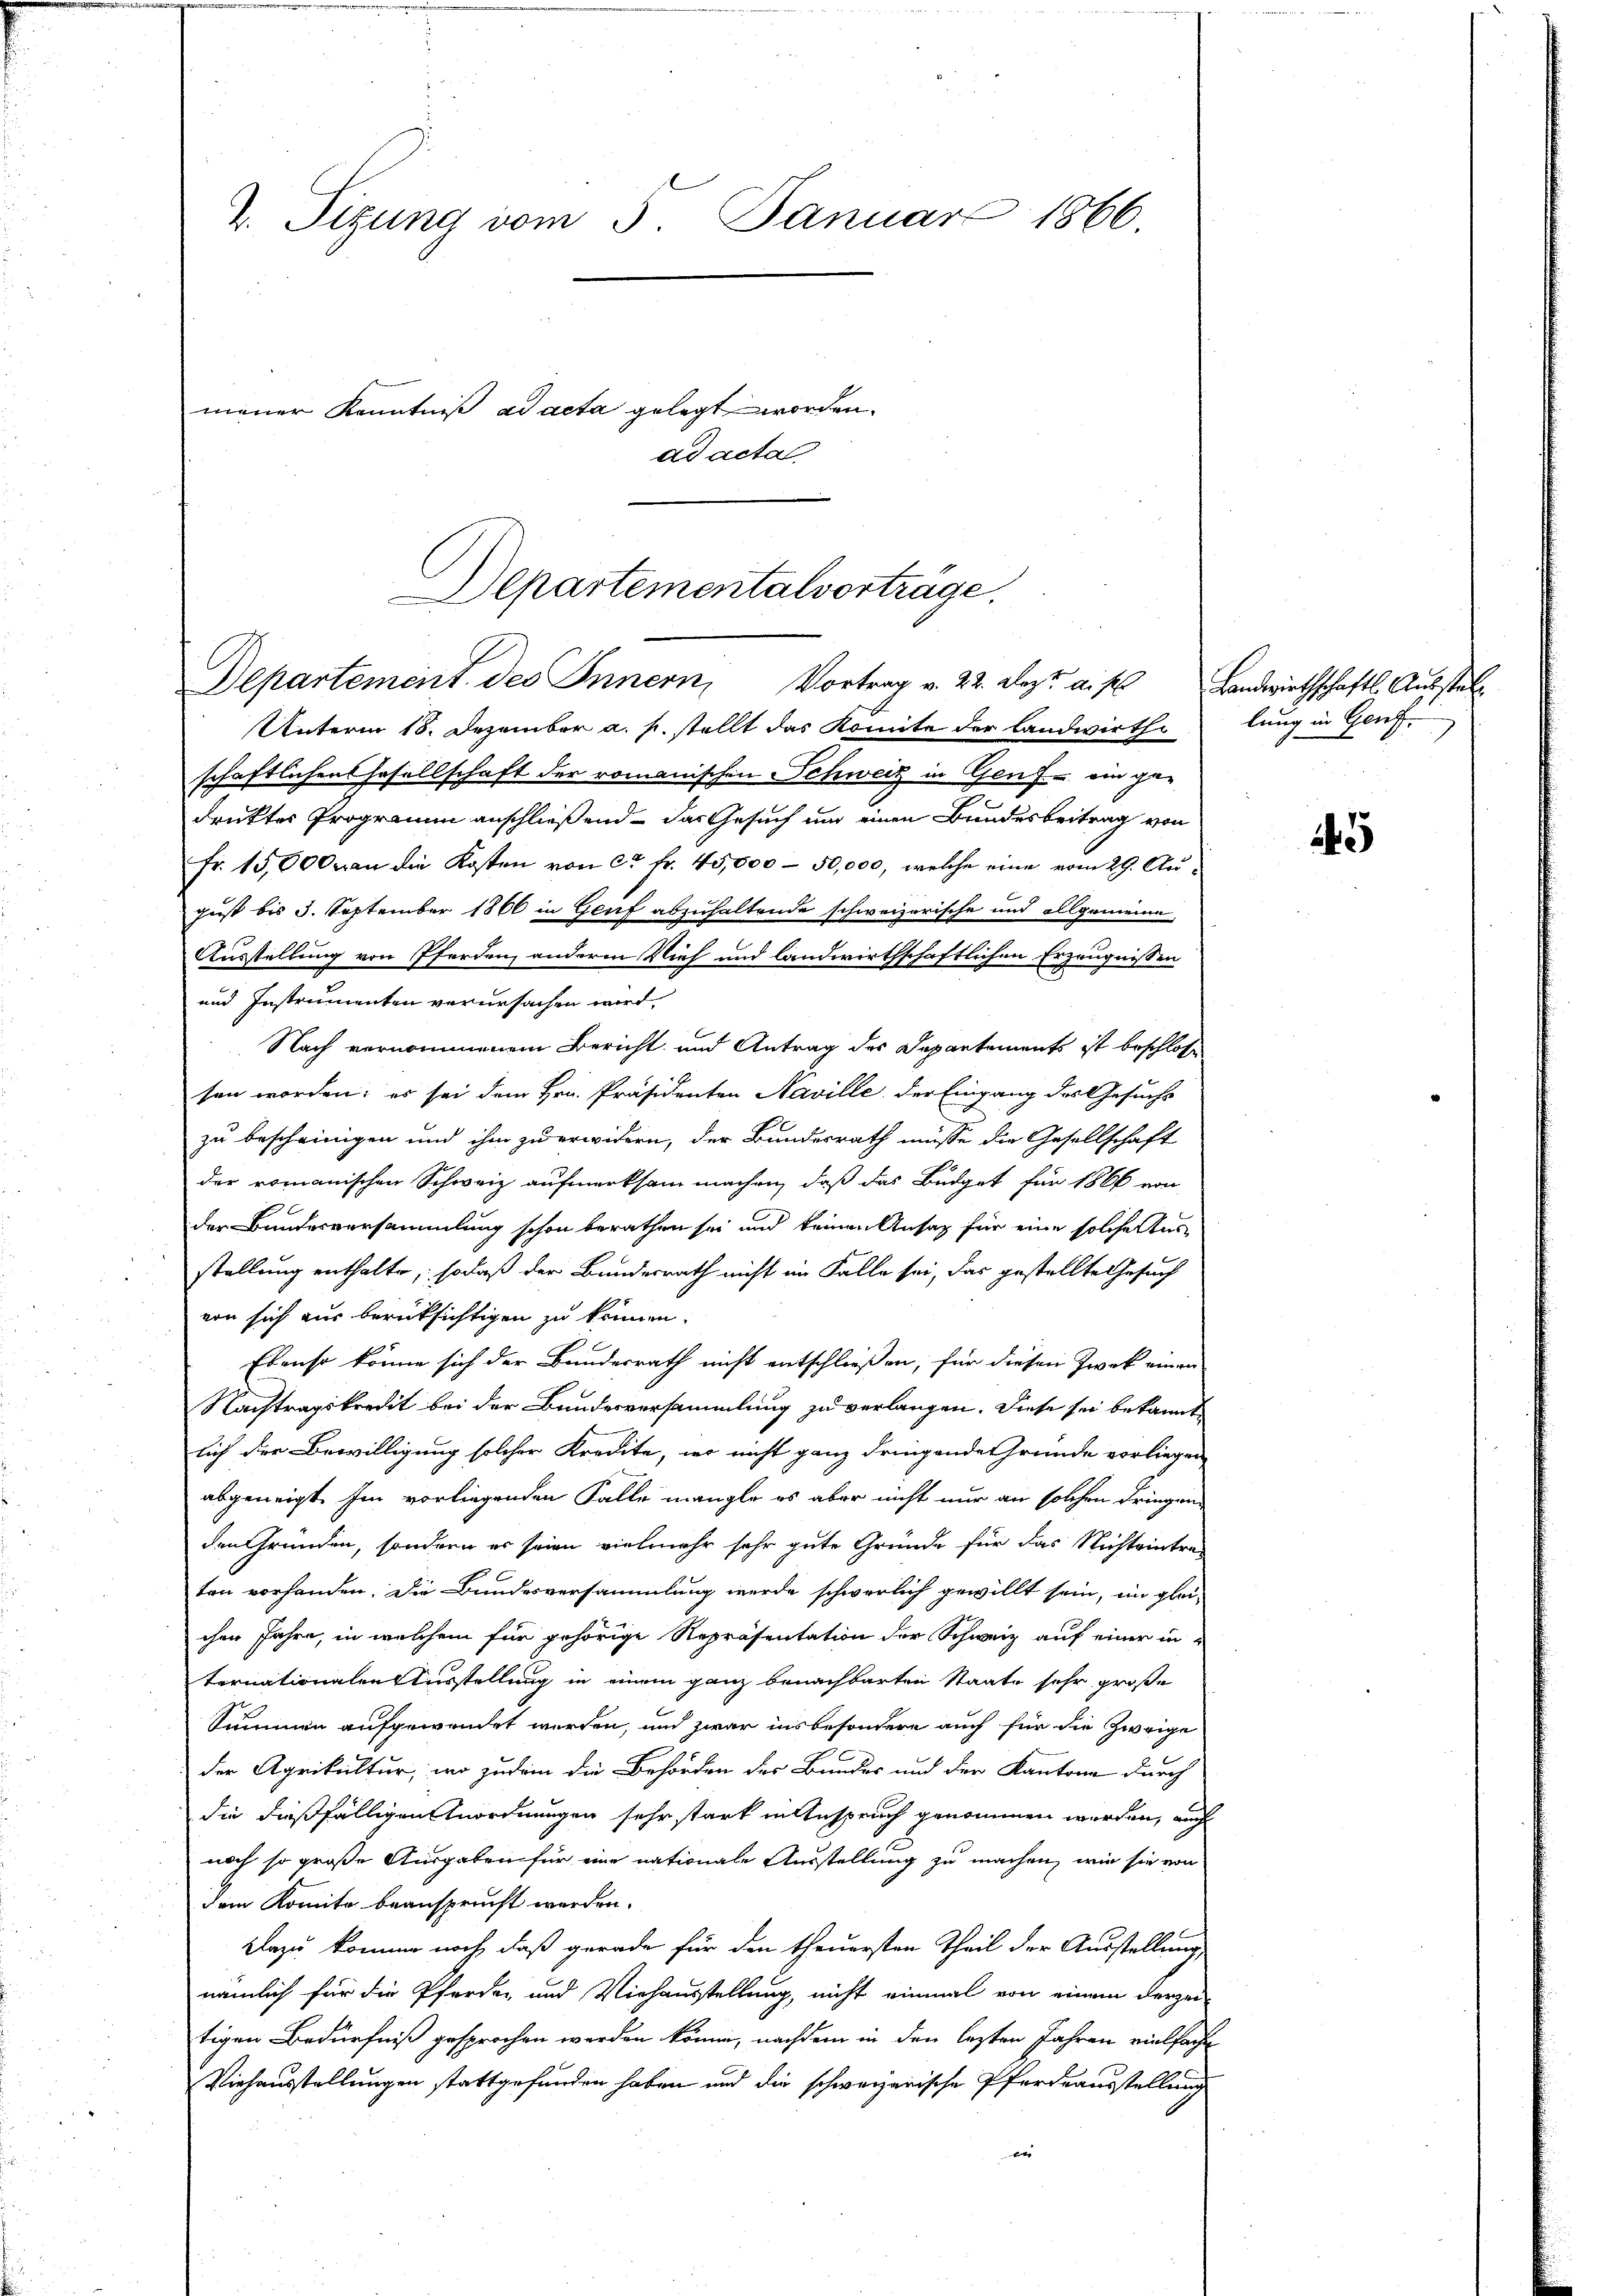
2. Sitzung vom 3. Januar 1866.
mener Kenntniß ad acta gelegt worden.
ad acta

Unterm 18. Dezember a. p. stellt das Komite der Landwirtheilung in Genfschaftlichen Hasellschaft der romanischen Schweiz in Genf ein gedruktes Programm anschließend das Gesuch und einen Bundesbeitrag von
fr. 15,000 an die Kosten von ca Fr. 45,000 - 50,000, welche eine vom 29. August bis 3. September 1866 in Genf abzuhaltende schweizerische und allgemeine
Ausstellung von Pferden, anderm Vieh und landwirthschaftlichen Erzeugnissen
und Instrumenten verursachen wird,
Nach vernommenem Bericht und Antrag des Departements ist beschlosse
sen worden; es sei dem Hrn. Präsidenten Naville der Eingang des Gesuchs
zu bescheinigen und ihm zu erwidern, der Bundesrath müsse die Gesellschaft
der romanischen Schweiz aufmerksam machen, daß das Budget für 1866 von
der Bundesversammlung schon berathen sei und keinen Ansag für eine solcher Ausstellung enthalte, sodaß der Bundesrath nicht im Falle sei, das gestellte Gesuch
von sich aus berücksichtigen zu können.
Ebenso könne sich der Bundesrath nicht entschließen, für diesen Zwek einen
Nachtragskredit bei der Bundesversammlung zu verlangen. Diese sei bekannte
lich der Bewilligung solcher Kredite, wo nicht ganz dringende Gründe vorliegen
abgeneigt. Im vorliegenden Falle mangle es aber nicht nur an solchen dringen
den Gründen, sondern er seien vielmehr sehr gute Gründe für das Nichteintre-
ten vorhanden. Die Bundesversammlung werde schwerlich gewillt sein, ein glei-
chen Jahre, in welchem für gehörige Repräsentation der Schweiz auf einer in
ternationalen Ausstellung in einem ganz benachbarten Staate sehr große
Summen aufgewendet werden, und zwar insbesondere auch für die Zweige
der Agrikultur, wo zudem die Behörden der Bundes und der Kantone durch
die dießfälligen Anordnungen sehr stark in Anspruch genommen werden, auch
noch so große Ausgaben für eine nationale Ausstellung zu machen, wie sie von
dem Komite beansprucht werden.
Dazu komme noch, daß gerade für den theuersten Theil der Ausstellung,
nämlich für die Pferden und Viehausstellung, nicht einmal von einem derzei
tigen Bedürfniß gesprochen werden könne, nachdem in den lezten Jahren vielfache
Viehausstellungen stattgefunden haben und die schweizerische Pferdeausstellung
e

Departementalvorträge.
Departement des Innern, Vortrag v. 22. Dezt aus Landwirthschaftl. Ausstell

5